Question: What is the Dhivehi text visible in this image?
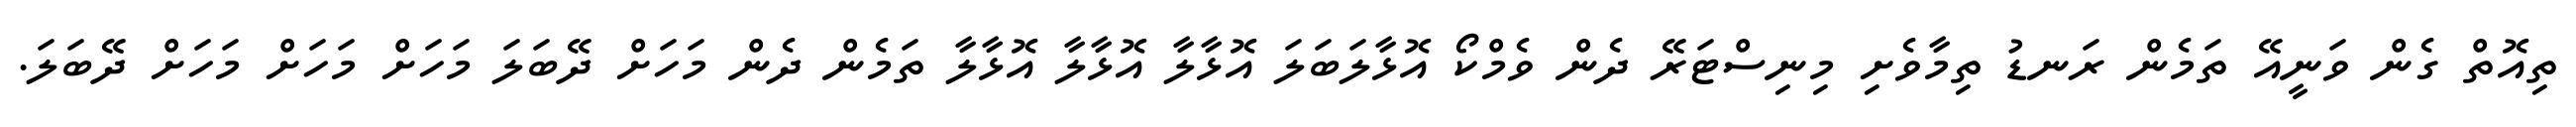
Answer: ތިއޮތް ގެން ވަނީއޭ ތަމެން ރަނޑު ތިމާވެށި މިނިސްޓަރޭ ދެން ވެމްކޯ އޮޅާލަބަލަ އޮޅާލާ އޮޅާލާ އޮޅާލާ ތަމެން ދެން މަހަށް ދޭބަލަ މަހަށް މަހަށް މަހަށް ދޭބަލަ.